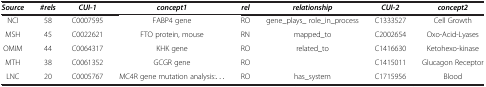
<table><thead><tr><td><b><i>Source</i></b></td><td><b><i>#rels</i></b></td><td><b><i>CUI-1</i></b></td><td><b><i>concept1</i></b></td><td><b><i>rel</i></b></td><td><b><i>relationship</i></b></td><td><b><i>CUI-2</i></b></td><td><b><i>concept2</i></b></td></tr></thead><tbody><tr><td>NCI</td><td>58</td><td>C0007595</td><td>FABP4 gene</td><td>RO</td><td>gene_plays_ role_in_process</td><td>C1333527</td><td>Cell Growth</td></tr><tr><td>MSH</td><td>45</td><td>C0022621</td><td>FTO protein, mouse</td><td>RN</td><td>mapped_to</td><td>C2002654</td><td>Oxo-Acid-Lyases</td></tr><tr><td>OMIM</td><td>44</td><td>C0064317</td><td>KHK gene</td><td>RO</td><td>related_to</td><td>C1416630</td><td>Ketohexo-kinase</td></tr><tr><td>MTH</td><td>38</td><td>C0061352</td><td>GCGR gene</td><td>RO</td><td> </td><td>C1415011</td><td>Glucagon Receptor</td></tr><tr><td>LNC</td><td>20</td><td>C0005767</td><td>MC4R gene mutation analysis:...</td><td>RO</td><td>has_system</td><td>C1715956</td><td>Blood</td></tr></tbody></table>